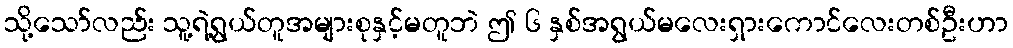
သို့သော်လည်း သူ့ရဲ့ရွယ်တူအများစုနှင့်မတူဘဲ ဤ ၆ နှစ်အရွယ်မလေးရှားကောင်လေးတစ်ဦးဟာ